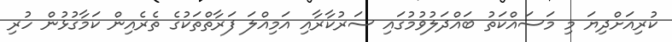
ކުރިއަށްދިޔަ މި މަސައްކަތު ބައްދަލުވުމުގައި ސަރުކާރާއި އަމިއްލަ ފަރާތްތަކުގެ ތެރެއިން ކަމާގުޅުން ހުރި